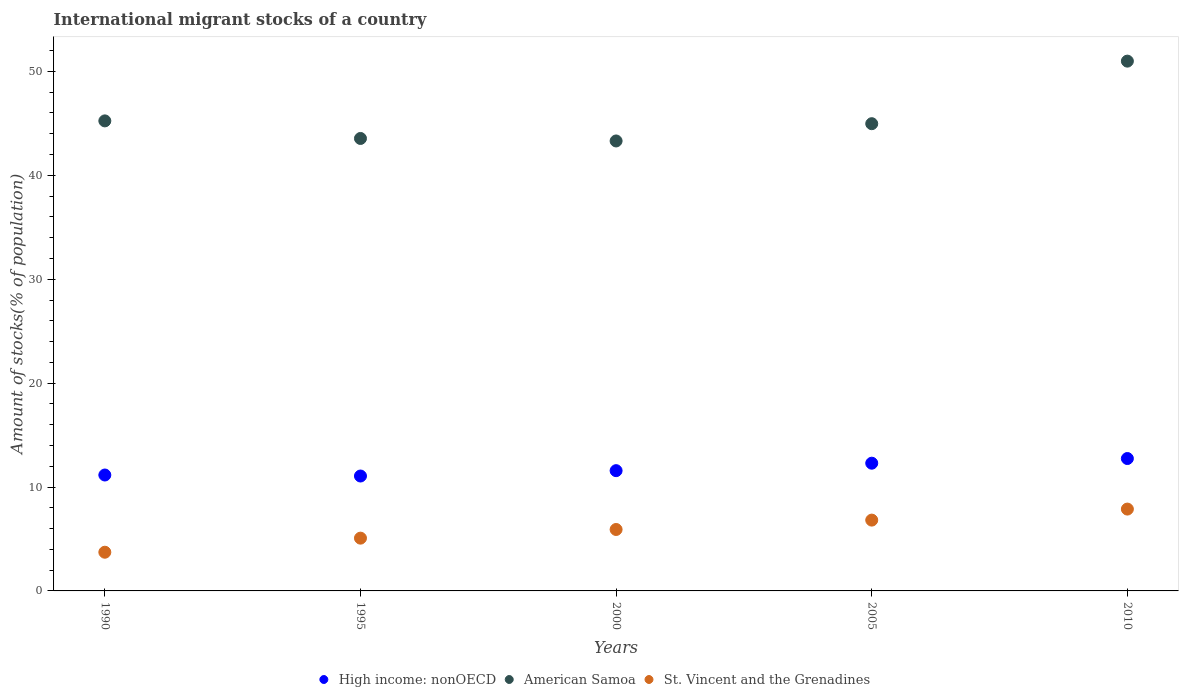
| Years | High income: nonOECD | American Samoa | St. Vincent and the Grenadines |
 | --- | --- | --- | --- |
 | 1990 | 11.2 | 45.2 | 3.72 |
 | 1995 | 11.1 | 43.5 | 5.08 |
 | 2000 | 11.6 | 43.3 | 5.91 |
 | 2005 | 12.3 | 45 | 6.82 |
 | 2010 | 12.7 | 51 | 7.88 |